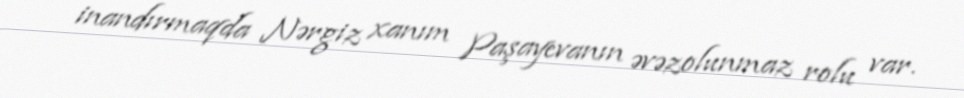
inandırmaqda Nərgiz xanım Paşayevanın əvəzolunmaz rolu var.